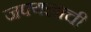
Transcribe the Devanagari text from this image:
जपयज्ञाची